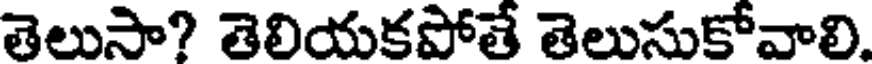
తెలుసా? తెలియకపోతే తెలుసుకోవాలి.